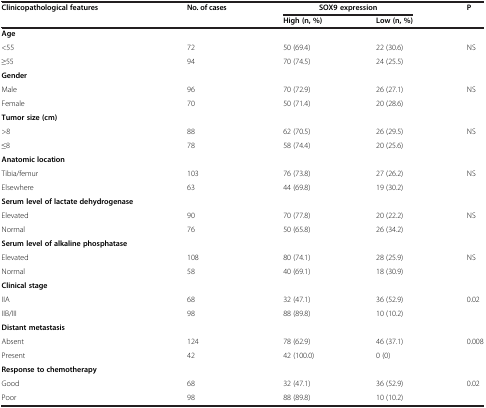
<table><thead><tr><td><b>Clinicopathological features</b></td><td><b>No.of cases</b></td><td colspan="2"><b>SOX9 expression</b></td><td><b>P</b></td></tr><tr><td><b> </b></td><td><b> </b></td><td><b>High(n, %)</b></td><td><b>Low(n, %)</b></td><td><b> </b></td></tr></thead><tbody><tr><td><b>Age</b></td><td> </td><td> </td><td> </td><td> </td></tr><tr><td>&lt;55</td><td>72</td><td>50 (69.4)</td><td>22 (30.6)</td><td rowspan="2">NS</td></tr><tr><td>≥55</td><td>94</td><td>70 (74.5)</td><td>24 (25.5)</td></tr><tr><td><b>Gender</b></td><td> </td><td> </td><td> </td><td> </td></tr><tr><td>Male</td><td>96</td><td>70 (72.9)</td><td>26 (27.1)</td><td rowspan="2">NS</td></tr><tr><td>Female</td><td>70</td><td>50 (71.4)</td><td>20 (28.6)</td></tr><tr><td><b>Tumor size</b><b>(cm)</b></td><td> </td><td> </td><td> </td><td> </td></tr><tr><td>&gt;8</td><td>88</td><td>62 (70.5)</td><td>26 (29.5)</td><td rowspan="2">NS</td></tr><tr><td>≤8</td><td>78</td><td>58 (74.4)</td><td>20 (25.6)</td></tr><tr><td><b>Anatomic location</b></td><td> </td><td> </td><td> </td><td> </td></tr><tr><td>Tibia/femur</td><td>103</td><td>76 (73.8)</td><td>27 (26.2)</td><td rowspan="2">NS</td></tr><tr><td>Elsewhere</td><td>63</td><td>44 (69.8)</td><td>19 (30.2)</td></tr><tr><td><b>Serum level of lactate dehydrogenase</b></td><td> </td><td> </td><td> </td><td> </td></tr><tr><td>Elevated</td><td>90</td><td>70 (77.8)</td><td>20 (22.2)</td><td rowspan="2">NS</td></tr><tr><td>Normal</td><td>76</td><td>50 (65.8)</td><td>26 (34.2)</td></tr><tr><td><b>Serum level of alkaline phosphatase</b></td><td> </td><td> </td><td> </td><td> </td></tr><tr><td>Elevated</td><td>108</td><td>80 (74.1)</td><td>28 (25.9)</td><td rowspan="2">NS</td></tr><tr><td>Normal</td><td>58</td><td>40 (69.1)</td><td>18 (30.9)</td></tr><tr><td><b>Clinical stage</b></td><td> </td><td> </td><td> </td><td> </td></tr><tr><td>IIA</td><td>68</td><td>32 (47.1)</td><td>36 (52.9)</td><td rowspan="2">0.02</td></tr><tr><td>IIB/III</td><td>98</td><td>88 (89.8)</td><td>10 (10.2)</td></tr><tr><td><b>Distant metastasis</b></td><td> </td><td> </td><td> </td><td> </td></tr><tr><td>Absent</td><td>124</td><td>78 (62.9)</td><td>46 (37.1)</td><td rowspan="2">0.008</td></tr><tr><td>Present</td><td>42</td><td>42 (100.0)</td><td>0 (0)</td></tr><tr><td><b>Response to chemotherapy</b></td><td> </td><td> </td><td> </td><td> </td></tr><tr><td>Good</td><td>68</td><td>32 (47.1)</td><td>36 (52.9)</td><td>0.02</td></tr><tr><td>Poor</td><td>98</td><td>88 (89.8)</td><td>10 (10.2)</td><td> </td></tr></tbody></table>